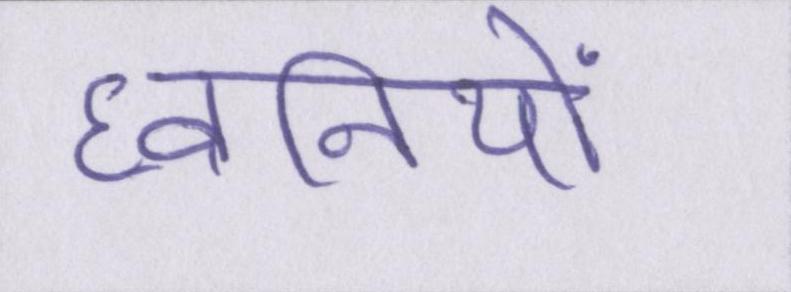
ध्वनियों